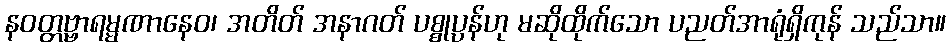
နဝတ္တဗ္ဗာရမ္မဏာနေဝ၊ အတိတ် အနာဂတ် ပစ္စုပ္ပန်ဟု မဆိုထိုက်သော ပညတ်အာရုံရှိကုန် သည်သာ။